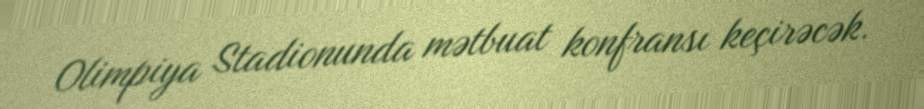
Olimpiya Stadionunda mətbuat konfransı keçirəcək.